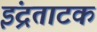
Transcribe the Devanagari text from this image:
इंद्रताटक